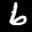
Label: 6